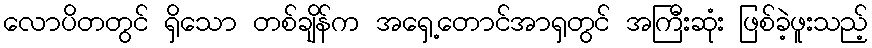
လောပိတတွင် ရှိသော တစ်ချိန်က အရှေ့တောင်အာရှတွင် အကြီးဆုံး ဖြစ်ခဲ့ဖူးသည့်